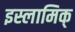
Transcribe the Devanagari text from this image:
इस्लामिक्